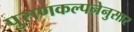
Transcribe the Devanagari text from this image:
पुराणकल्पनेनुसार